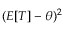
( E [ T ] - \theta ) ^ { 2 }